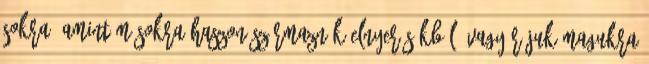
sokra, amint másokra haszon származnék elnyerésükből, vagy rájuk magukra